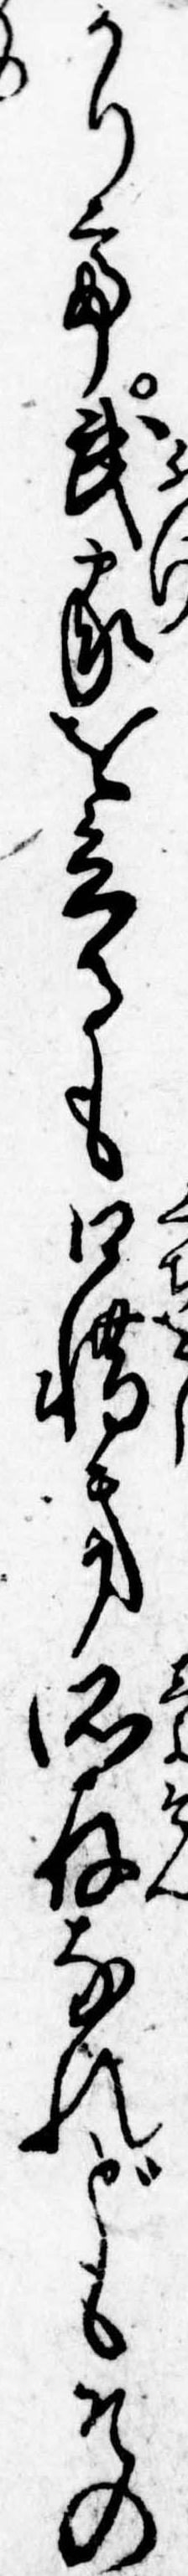
かりて武家を立るも口惜き所存なれどもその